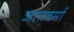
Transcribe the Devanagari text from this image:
जातवर्मा